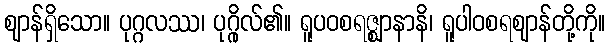
ဈာန်ရှိသော။ ပုဂ္ဂလဿ၊ ပုဂ္ဂိုလ်၏။ ရူပဝစရဇ္ဈာနာနိ၊ ရူပါဝစရဈာန်တို့ကို။